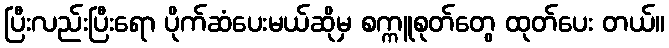
ပြီးလည်းပြီးရော ပိုက်ဆံပေးမယ်ဆိုမှ စက္ကူစုတ်တွေ ထုတ်ပေး တယ်။